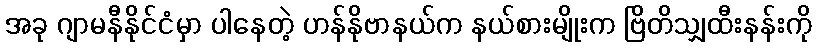
အခု ဂျာမနီနိုင်ငံမှာ ပါနေတဲ့ ဟန်နိုဗာနယ်က နယ်စားမျိုးက ဗြိတိသျှထီးနန်းကို